Scientific memoirs by medical officers of the Army of India - Part IV,
Year: 1889
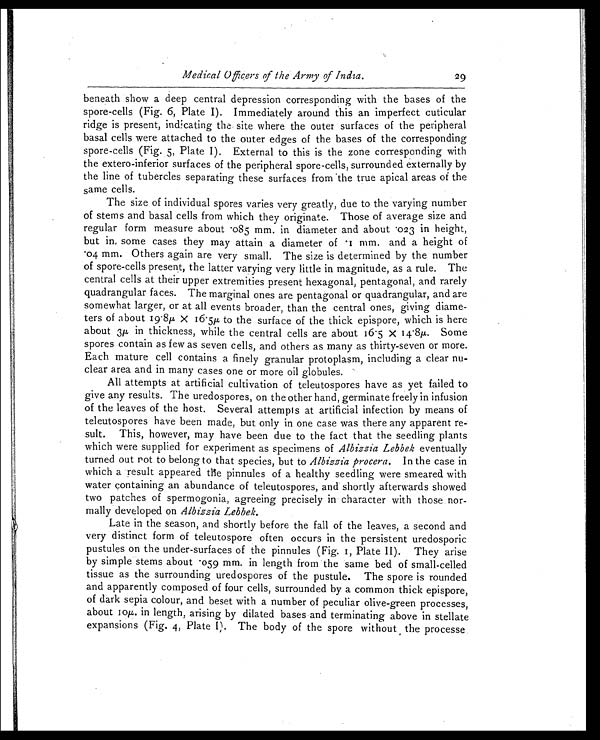
M e d i c a l O f f i c e r s o f t h e A r m y o f I n d i a .
29
beneath show a deep central depression corresponding with the bases of the
spore-cells (Fig. 6, Plate I). Immediately around this an imperfect cuticular
ridge is present, indicating the site where the outer surfaces of the peripheral
basal cells were attached to the outer edges of the bases of the corresponding
spore-cells (Fig. 5, Plate I). External to this is the zone corresponding with
the extero-inferior surfaces of the peripheral spore-cells, surrounded externally by
the line of tubercles separating these surfaces from the true apical areas of the
same cells.
The size of individual spores varies very greatly, due to the varying number
of stems and basal cells from which they originate. Those of average size and
regular form measure about .085 mm. in diameter and about .023 in height,
but in, some cases they may attain a diameter of .1 mm. and a height of
.04 mm. Others again are very small. The size is determined by the number
of spore-cells present, the latter varying very little in magnitude, as a rule. The
central cells at their upper extremities present hexagonal, pentagonal, and rarely
quadrangular faces. The marginal ones are pentagonal or quadrangular, and are
somewhat larger, or at all events broader, than the central ones, giving diame
-ters of about 19.8µ X 16.5µ to the surface of the thick epispore, which is here
about 3µ in thickness, while the central cells are about 16.5 x 14.8µ. Some
spores contain as few as seven cells, and others as many as thirty-seven or more.
Each mature cell contains a finely granular protoplasm, including a clear nu
-clear area and in many cases one or more oil globules.
All attempts at artificial cultivation of teleutospores have as yet failed to
give any results. The uredospores, on the other hand, germinate freely in infusion
of the leaves of the host. Several attempts at artificial infection by means of
teleutospores have been made, but only in one case was there any apparent re
-sult. This, however, may have been due to the fact that the seedling plants
which were supplied for experiment as specimens of Albizzia Lebbek eventually
turned out not to belong to that species, but to Albizzia procera. In the case in
which a result appeared the pinnules of a healthy seedling were smeared with
water containing an abundance of teleutospores, and shortly afterwards showed
two patches of spermogonia, agreeing precisely in character with those nor
-mally developed on Albizzia Lebbek.
Late in the season, and shortly before the fall of the leaves, a second and
very distinct form of teleutospore often occurs in the persistent uredosporic
pustules on the under-surfaces of the pinnules (Fig. 1, Plate II). They arise
by simple stems about .059 mm. in length from the same bed of small-celled
tissue as the surrounding uredospores of the pustule. The spore is rounded
and apparently composed of four cells, surrounded by a common thick epispore,
of dark sepia colour, and beset with a number of peculiar olive-green processes,
about 10µ. in length, arising by dilated bases and terminating above in stellate
expansions (Fig. 4, Plate I). The body of the spore without the processe